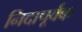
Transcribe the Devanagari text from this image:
निदापूर्वक